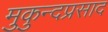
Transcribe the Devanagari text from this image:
मुकुन्दप्रसाद